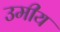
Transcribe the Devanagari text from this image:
उमीय